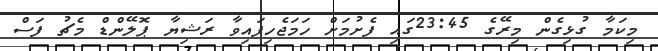
މިކަމާ ގުޅިގެން މިރޭގެ 23:45ގައި ފެށުމަށް ހަމަޖެހިފައިވާ ރަޝިޔާ ޕޮލޭންޑް މެޗު ފަސް